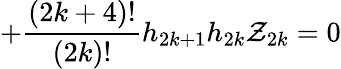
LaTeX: +\frac{(2k+4)!}{(2k)!}h_{2k+1}h_{2k}{\cal Z}_{2k}=0